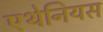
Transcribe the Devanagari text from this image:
एथेनियस